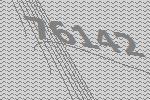
76142